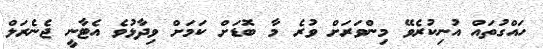
ހައްގުތައް އުނިކުރެވޭ މިންވަރަށް ވުރެ މާ ބޮޑަށް ކަމަށް ވިދާޅުވެ އެޓާނީ ޖެނެރަލް